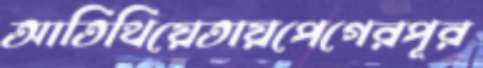
আতিথিয়েতায়পেগেরপূর